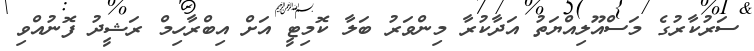
ސަރުކާރުގެ މަސްއޫލިއްޔަތު އަދާކުރާ މިންވަރު ބަލާ ކޮމިޓީ އަށް އިބްރާހިމް ރަޝީދު ފޮނުއްވި